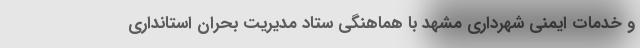
و خدمات ایمنی شهرداری مشهد با هماهنگی ستاد مدیریت بحران استانداری